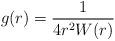
LaTeX: \begin{align*} g(r) = \frac{1}{4r^2W(r)}\end{align*}